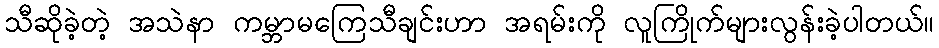
သီဆိုခဲ့တဲ့ အသဲနာ ကမ္ဘာမကြေသီချင်းဟာ အရမ်းကို လူကြိုက်များလွန်းခဲ့ပါတယ်။